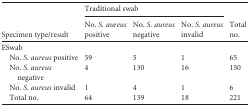
| <ROWSPAN=2> Specimen type/result | <COLSPAN=3> Traditional swab | <ROWSPAN=2> Total no. |
 | No. S. aureus positive | No. S. aureus negative | No. S. aureus invalid |
 | --- | --- | --- | --- | --- |
 | ESwab |  |  |  |  |
 | No. S. aureus positive | 59 | 5 | 1 | 65 |
 | No. S. aureus negative | 4 | 130 | 16 | 150 |
 | No. S. aureus invalid | 1 | 4 | 1 | 6 |
 | Total no. | 64 | 139 | 18 | 221 |